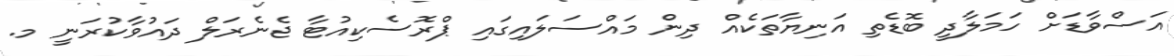
އަސްވާޑަށް ހަމަލާދީ ބޮޑެތި އަނިޔާތަކެއް ދިން މައްސަލައިގައި ޕްރޮސެކިއުޓާ ޖެނެރަލް ދައުވާކުރަނީ މ.